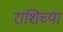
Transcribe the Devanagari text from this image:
राशिच्या